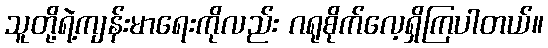
သူတို့ရဲ့ကျန်းမာရေးကိုလည်း ဂရုစိုက်လေ့ရှိကြပါတယ်။